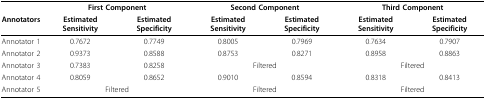
<table><thead><tr><td></td><td colspan="2"><b>First Component</b></td><td colspan="2"><b>Second Component</b></td><td colspan="2"><b>Third Component</b></td></tr><tr><td><b>Annotators</b></td><td><b>Estimated Sensitivity</b></td><td><b>Estimated Specificity</b></td><td><b>Estimated Sensitivity</b></td><td><b>Estimated Specificity</b></td><td><b>Estimated Sensitivity</b></td><td><b>Estimated Specificity</b></td></tr></thead><tbody><tr><td>Annotator 1</td><td>0.7672</td><td>0.7749</td><td>0.8005</td><td>0.7969</td><td>0.7634</td><td>0.7907</td></tr><tr><td>Annotator 2</td><td>0.9373</td><td>0.8588</td><td>0.8753</td><td>0.8271</td><td>0.8958</td><td>0.8863</td></tr><tr><td>Annotator 3</td><td>0.7383</td><td>0.8258</td><td colspan="2">Filtered</td><td colspan="2">Filtered</td></tr><tr><td>Annotator 4</td><td>0.8059</td><td>0.8652</td><td>0.9010</td><td>0.8594</td><td>0.8318</td><td>0.8413</td></tr><tr><td>Annotator 5</td><td colspan="2">Filtered</td><td colspan="2">Filtered</td><td colspan="2">Filtered</td></tr></tbody></table>